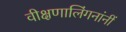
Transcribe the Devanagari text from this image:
वीक्षणालिंगनांनीं